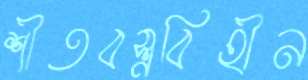
শীতবস্ত্রবিহীন